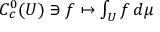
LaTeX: C _ { c } ^ { 0 } ( U ) \ni f \mapsto \textstyle \int _ { U } f \, d \mu